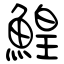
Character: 鰉